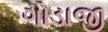
ગોડાજી